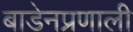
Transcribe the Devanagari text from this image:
बाडेनप्रणाली